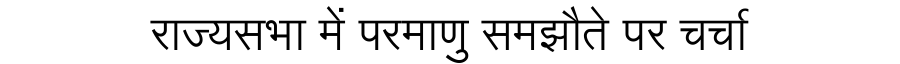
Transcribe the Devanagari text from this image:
राज्यसभा में परमाणु समझौते पर चर्चा